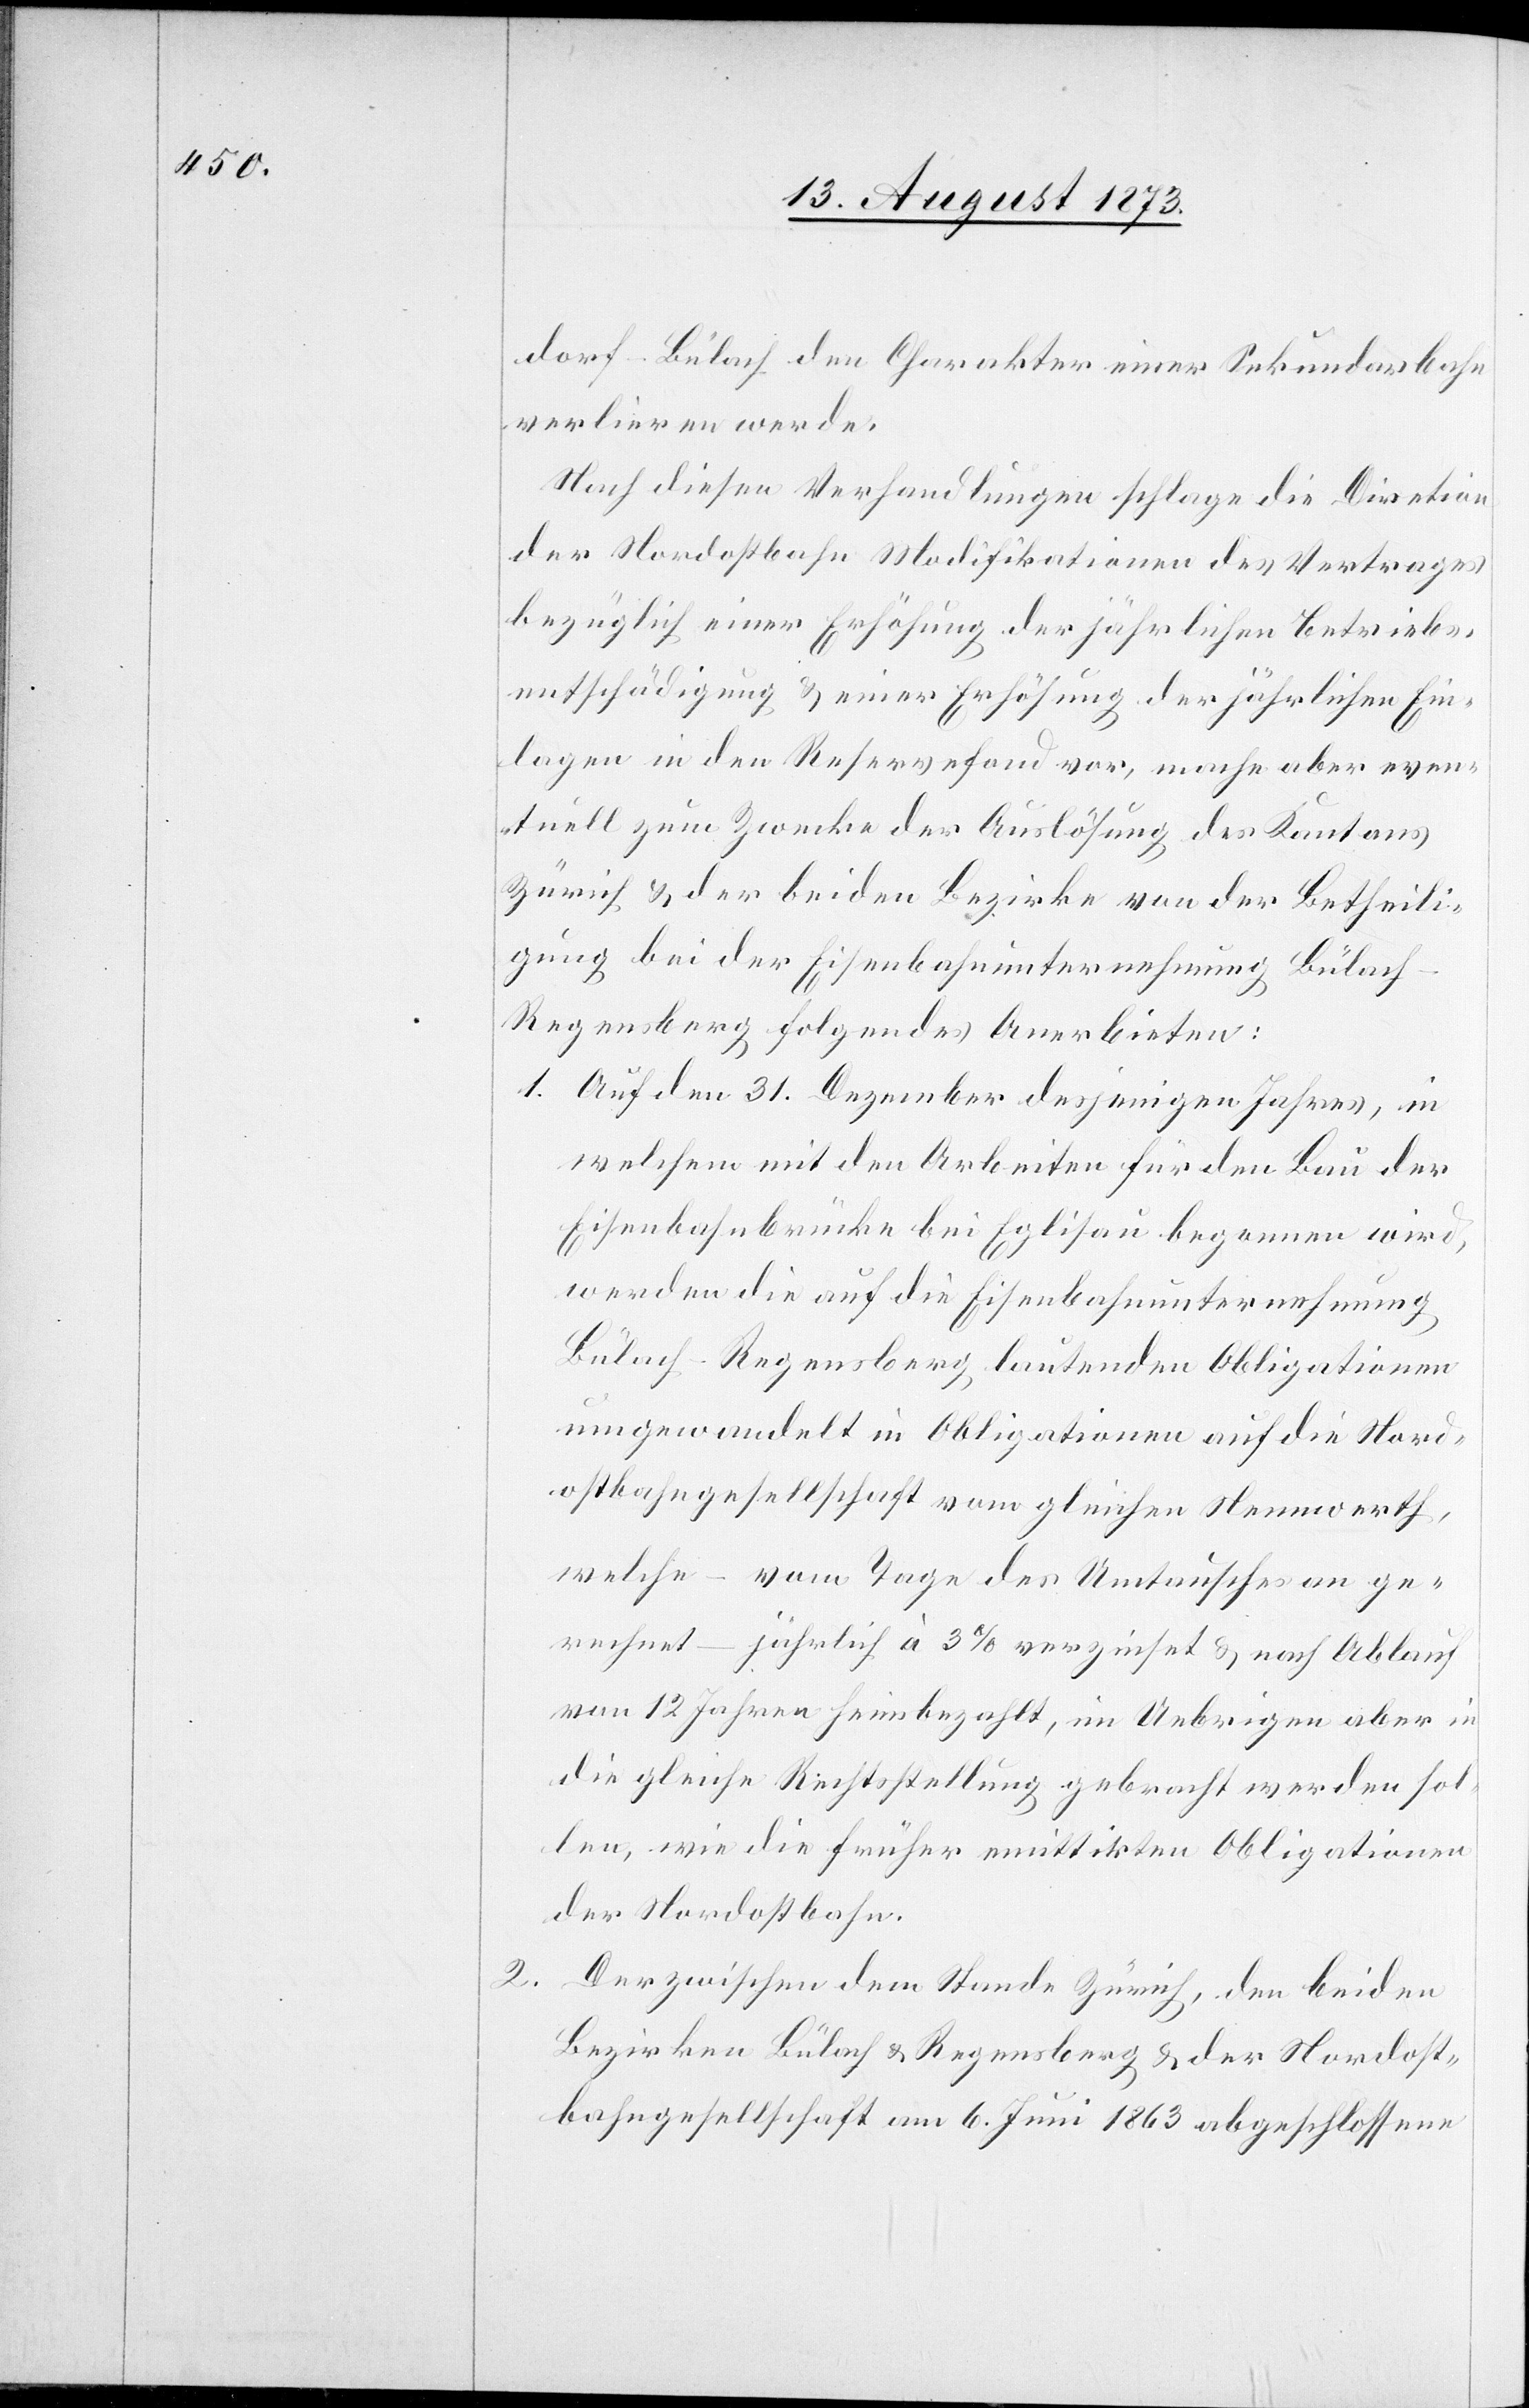
dorf–Bülach den Charakter einer Sekundarbahn
verlieren werde.
Nach diesen Verhandlungen schlage die Dire[k]tion
der Nordostbahn Modifikationen des Vertrages
bezüglich einer Erhöhung der jährlichen Betriebs¬
entschädigung & einer Erhöhung der jährlichen Ein¬
lagen in den Reservefond vor, mache aber even¬
tuell zum Zwecke der Auslösung des Kantons
Zürich & der beiden Bezirke von der Betheili¬
gung bei der Eisenbahnunternehmung Bülac¬
h–Regensberg folgendes Anerbieten:
1. Auf den 31. Dezember desjenigen Jahres, in
welchem mit den Arbeiten für den Bau der
Eisenbahnbrücke bei Eglisau begonnen wird,
werden die auf die Eisenbahnunternehmung
Bülach–Regensberg lautenden Obligationen
umgewandelt in Obligationen auf die Nord¬
ostbahngesellschaft vom gleichen Nennwerth,
welche – vom Tage des Umtausches an ge¬
rechnet – jährlich à 3% verzinset & nach Ablauf
von 12 Jahren heimbezahlt, im Uebrigen aber in
die gleiche Rechtsstellung gebracht werden sol¬
len, wie die früher emittirten Obligationen
der Nordostbahn.
2. Der zwischen dem Stande Zürich, den beiden
Bezirken Bülach & Regensberg & der Nordost¬
bahngesellschaft am 6. Juni 1863 abgeschlossene